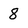
Character: 8